Vaccination in Bombay 1924-1928 - 1924-1928
Year: 1924
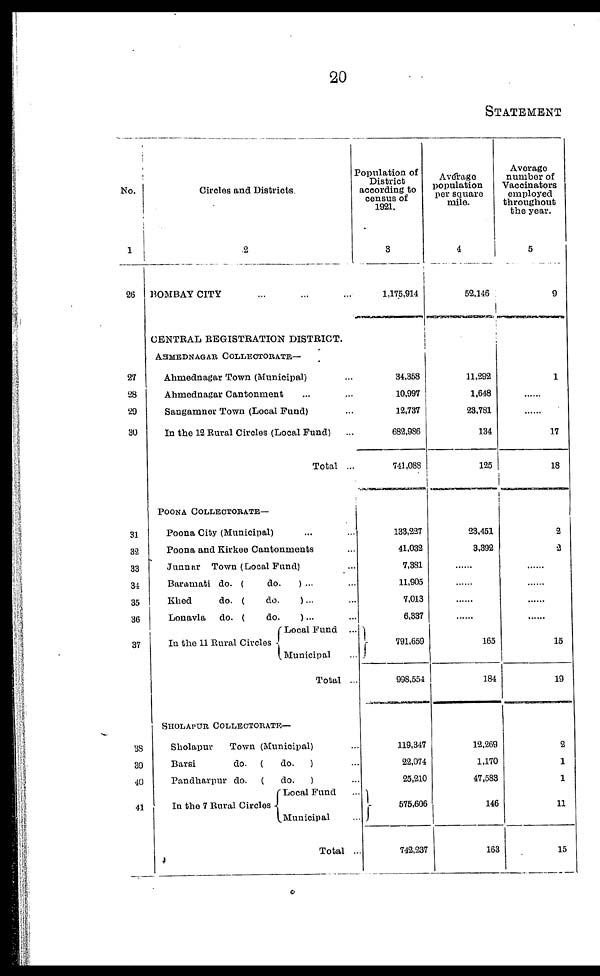
20
STATEMENT
No.
1
26
27
28
29
30
31
32
33
34
35
36
37
38
39
40
41
Circles and Districts.
2
BOMBAY CITY ... ... ...
CENTRAL REGISTRATION DISTRICT.
AHMEDNAGAR COLLECTORATE—
Ahmednagar Town (Municipal) ...
Ahmednagar Cantonment ... ...
Sangamner Town (Local Fund) ... ...
In the 12 Rural Circles (Local Fund) ...
Total ...
POONA COLLECTORATE—
Poona City (Municipal) ... ...
Poona and Kirkee Cantonments ...
Junnar Town (Local Fund) ...
Baramati do. (
do.
) ... ...
Khed
do. (
do.
) ... ...
Lonavla
do. (
do.
) ... ...
In the 11 Rural Circles
Local Fund ...
Municipal ...
Total ...
SHOLAPUR COLLECTORATE—
Sholapur
Town (Municipal) ...
Barsi
do. (
do.
) ...
Pandharpur do. (
do.
) ...
In the 7 Rural Circles
Local Fund ...
Municipal ...
Total ...
Population of
District
according to
census of
1921.
3
1,175,914
34,358
10.997
12,737
682,986
741,088
133,227
41,032
7,381
11,905
7,013
6,337
791,659
998,554
119,347
22,074
25,210
575,606
742,237
Average
population
per square
mile.
4
52,146
11,292
1,648
23,781
134
125
23,451
3,392
......
......
......
......
165
184
12,269
1,170
47,583
146
163
Average
number of
Vaccinators
employed
throughout
the year.
5
9
1
......
......
17
18
2
2
......
......
......
......
15
19
2
1
1
11
15